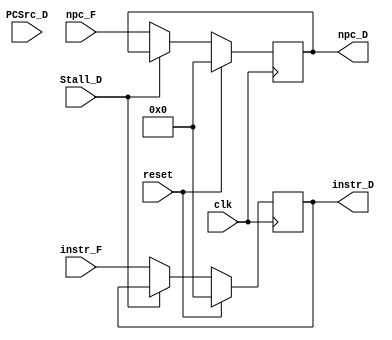
`timescale 1ns / 1ps
//////////////////////////////////////////////////////////////////////////////////
// Company: 
// Engineer: 
// 
// Design Name: 
// Module Name:    IF_ID 
// Project Name: 
// Target Devices: 
// Tool versions: 
// Description: 
//
// Dependencies: 
//
// Revision: 
// Revision 0.01 - File Created
// Additional Comments: 
//
//////////////////////////////////////////////////////////////////////////////////
module IF_ID(
    input clk,
    input [31:0] instr_F,
    input Stall_D,
    input PCSrc_D,
    input [31:0] npc_F,
    output reg [31:0] instr_D,
    output reg[31:0] npc_D,
	 input reset
    );
	always @ (posedge clk)
		begin
			if(reset)
			begin
				instr_D<=0;
				npc_D<=0;
			end
			else if(Stall_D)
			begin
				instr_D<=instr_D;
				npc_D<=npc_D;
			end
			else
			begin
				instr_D<=instr_F;
				npc_D<=npc_F;
			end
		end
endmodule